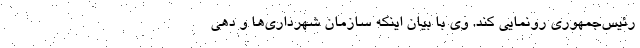
رئیس‌جمهوری رونمایی کند. وی با بیان اینکه سازمان شهرداری‌ها و دهی